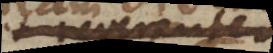
et reverenter